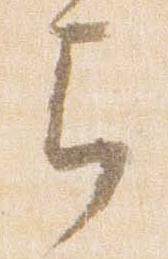
弓